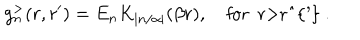
g _ { n } ^ { > } ( r , r ^ { \prime } ) = E _ { n } K _ { | n / \alpha | } ( \beta r ) , \quad \mathrm { f o r ~ r > r ^ { ' } ~ . }